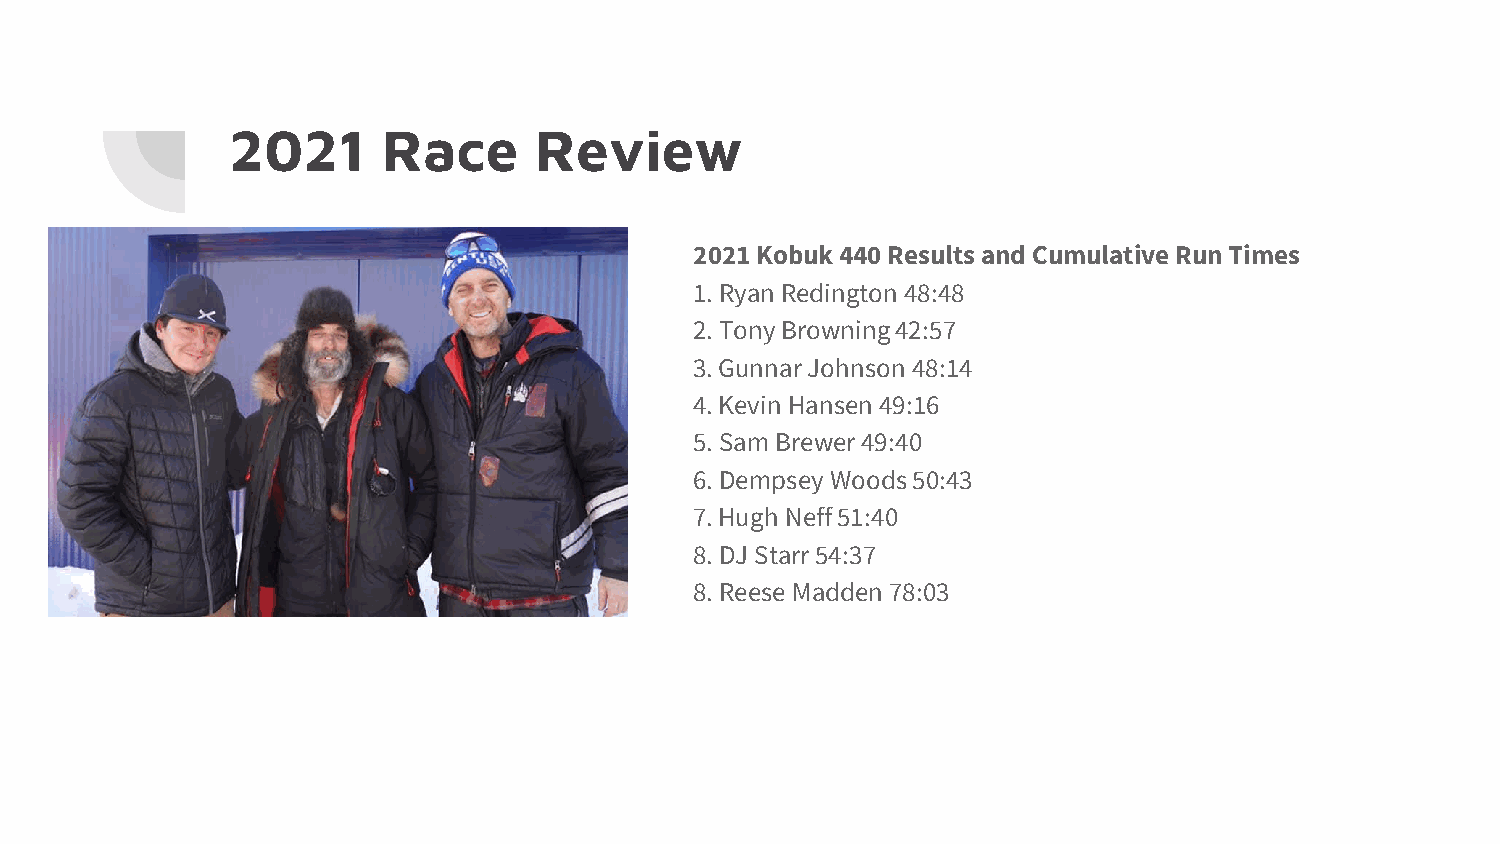
2021      Race      Review
 2021 Kobuk 440 Results and Cumulative Run Times
 1. Ryan Redington 48:48
 2. Tony Browning 42:57
 3. Gunnar Johnson 48:14
 4. Kevin Hansen 49:16
 5. Sam Brewer 49:40
 6. Dempsey Woods 50:43
 7. Hugh Neff 51:40
 8. DJ Starr 54:37
 8. Reese Madden 78:03